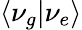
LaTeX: \langle\nu_{g}|\nu_{e}\rangle